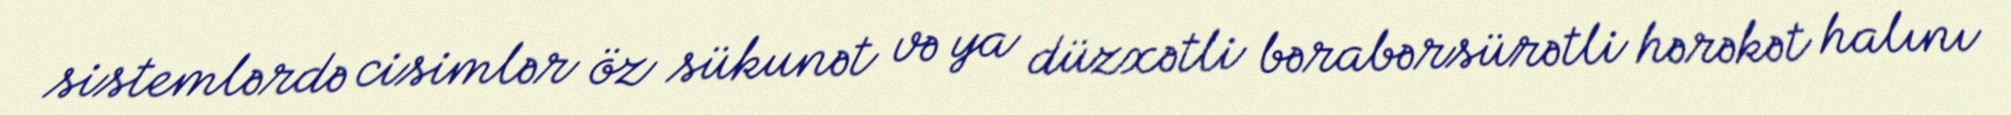
sistemlərdə cisimlər öz sükunət və ya düzxətli bərabərsürətli hərəkət halını